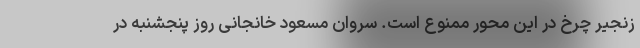
زنجیر چرخ در این محور ممنوع است. سروان مسعود خانجانی روز پنجشنبه در